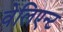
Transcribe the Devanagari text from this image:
वेलिएन्ट